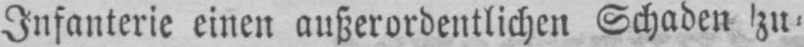
Infanterie einen außerordentlichen Schaden zu⸗